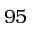
9 5